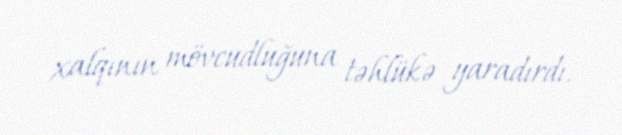
xalqının mövcudluğuna təhlükə yaradırdı.